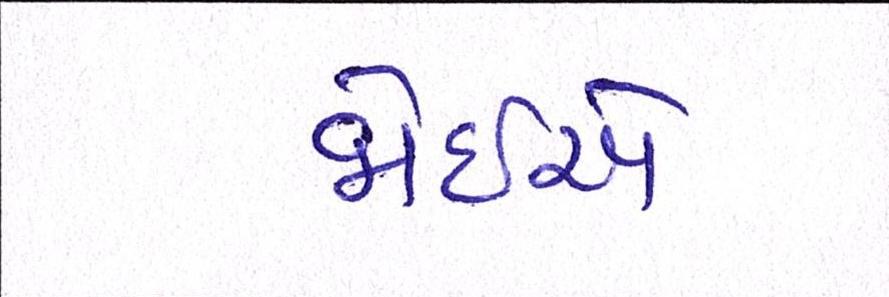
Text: જોઇએ